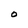
Character: O